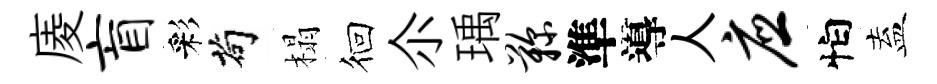
庱盲彩茍榻徊尒瑀鞠準導人应怕盍